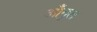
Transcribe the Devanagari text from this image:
आँगुल